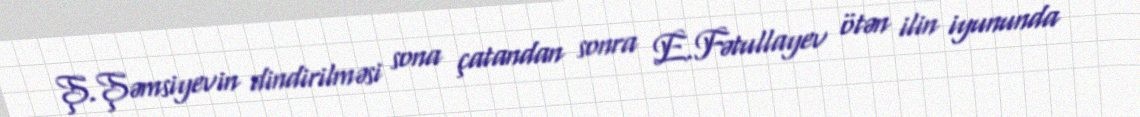
Ş.Şəmsiyevin dindirilməsi sona çatandan sonra E.Fətullayev ötən ilin iyununda